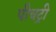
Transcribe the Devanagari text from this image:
पीचट्री